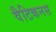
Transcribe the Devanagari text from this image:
वैटिकनस